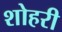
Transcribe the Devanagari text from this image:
शोहरी